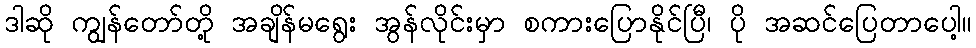
ဒါဆို ကျွန်တော်တို့ အချိန်မရွေး အွန်လိုင်းမှာ စကားပြောနိုင်ပြီ၊ ပို အဆင်ပြေတာပေါ့။